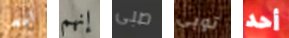
ارم إنهم صبى توبي أحد